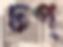
ঢপ্‌